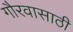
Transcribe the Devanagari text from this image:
गौरवासाठी